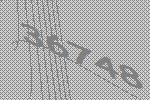
36748